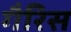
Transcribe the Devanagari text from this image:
गैरिस